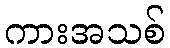
ကားအသစ်